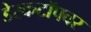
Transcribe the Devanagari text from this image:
डेस्कटॉपवर